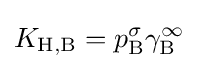
K_{\mathrm {H,B} }=p_{\mathrm {B} }^{\sigma }\gamma _{\mathrm {B} }^{\infty }\;